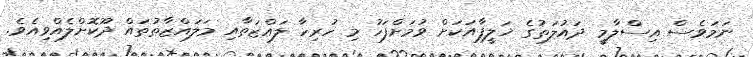
ނަމަވެސް އިސްލާމީ ދައުލަތުގެ ޚަލީފާއަކަށް ވުމަށްފަހު މި ހުރިހާ ލައްޒަތާއި މަލައްޒާތުތައް ދޫކޮށްލެއްވިއެވެ.